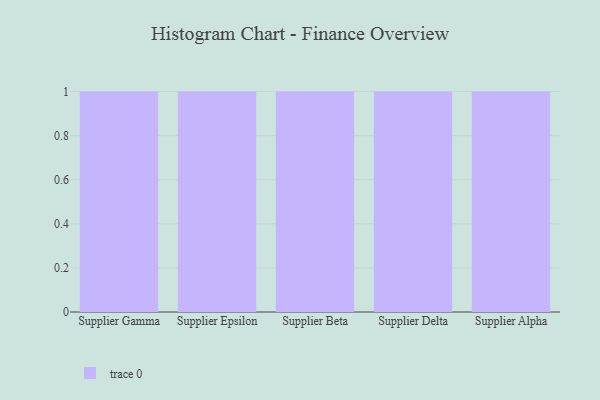
{"axis": {"x": "Supplier", "y": "Tickets Resolved"}, "legend": [""], "data": [{"x": "Supplier Gamma", "y": 8, "type": ""}, {"x": "Supplier Epsilon", "y": 96, "type": ""}, {"x": "Supplier Beta", "y": 36, "type": ""}, {"x": "Supplier Delta", "y": 64, "type": ""}, {"x": "Supplier Alpha", "y": 94, "type": ""}]}